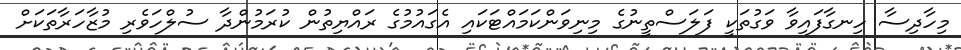
މިހާދިސާ ހިނގާފައިވާ ވަގުތަކީ ފަލަސްތީނުގެ މިނިވަންކަމައްޓަކައި އެގައުމުގެ ރައްޔިތުން ކުރަމުންދާ ސުލްހަވެރި މުޒާހަރާތަކަށް